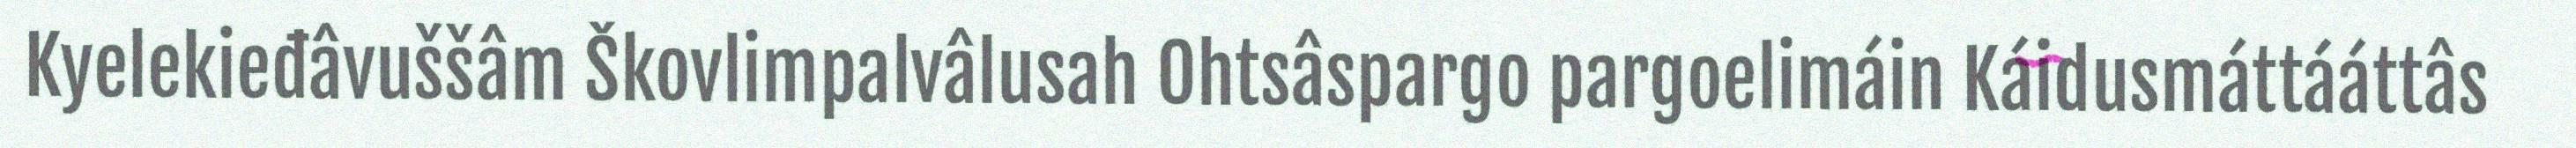
Kyelekieđâvuššâm Škovlimpalvâlusah Ohtsâspargo pargoelimáin Káidusmáttááttâs